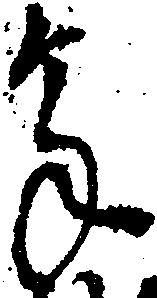
余